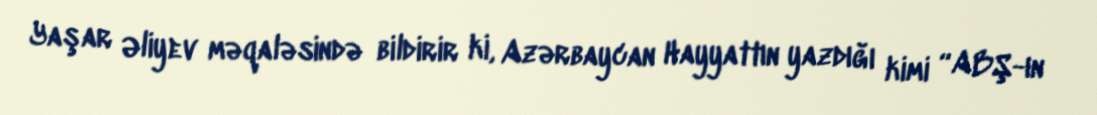
Yaşar Əliyev məqaləsində bildirir ki, Azərbaycan Hayyattın yazdığı kimi “ABŞ-ın